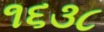
૧૬૩૮